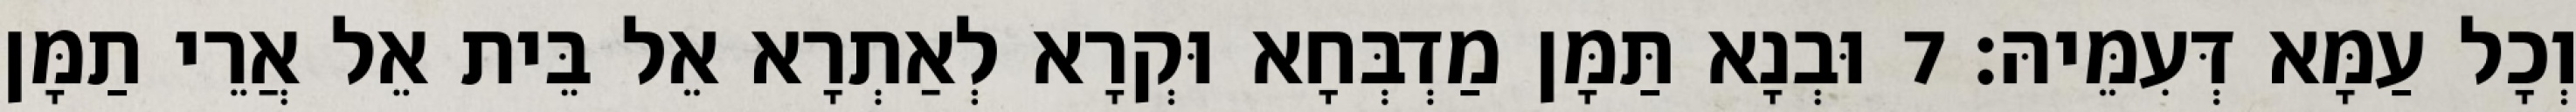
וְכָל עַמָּא דְּעִמֵּיהּ׃ 7 וּבְנָא תַּמָּן מַדְבְּחָא וּקְרָא לְאַתְרָא אֵל בֵּית אֵל אֲרֵי תַמָּן